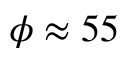
\phi \approx 5 5